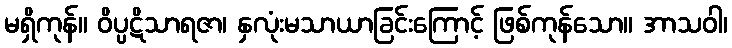
မရှိကုန်။ ဝိပ္ပဋိသာရဇာ၊ နှလုံးမသာယာခြင်းကြောင့် ဖြစ်ကုန်သော။ အာသဝါ၊